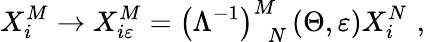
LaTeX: X_{i}^{M}\rightarrow X_{i\varepsilon}^{M}=\left(\Lambda^{-1}\right)_{\, \, \, N}^{M}\left(\Theta,\varepsilon\right)X_{i}^{N}\, \, ,